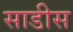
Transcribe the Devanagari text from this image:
साडीस